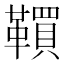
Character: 𩍃